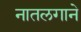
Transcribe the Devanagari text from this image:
नातलगाने